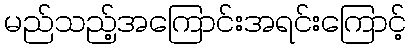
မည်သည့်အကြောင်းအရင်းကြောင့်